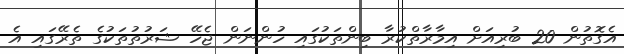
އެގޮތުން 20 ބުރިއަށް އިމާރާތްކުރާ ބިންތަކުގައި ހުންނަން ޖެހޭ ޝަރުތުތަކުގެ ތެރޭގައި އެ